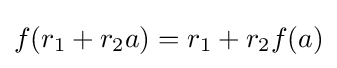
f(r_{1}+r_{2}a)=r_{1}+r_{2}f(a)